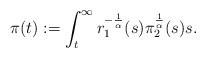
LaTeX: \begin{align*}\pi (t):=\int_{t}^{\infty}r_{1}^{-\frac{1}{\alpha}}(s)\pi_{2}^{\frac{1}{\alpha}}(s)s.\end{align*}